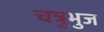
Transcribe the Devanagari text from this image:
चत्रुभुज